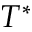
T ^ { * }